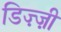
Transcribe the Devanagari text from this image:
डिज़्ज़ी